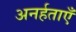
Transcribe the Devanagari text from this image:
अनर्हताएँ